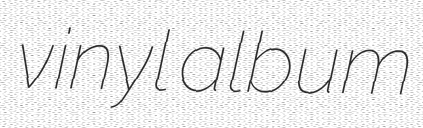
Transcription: vinyl album